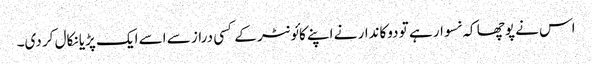
اس نے پوچھا کہ نسوار ہے تو دوکاندار نے اپنے کائونٹر کے کسی دراز سے اسے ایک پڑیا نکال کر دی۔